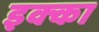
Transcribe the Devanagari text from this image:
इक्‍का